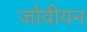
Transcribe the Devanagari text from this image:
जोवीयन